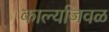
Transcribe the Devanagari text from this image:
कार्ल्याजवळ